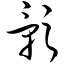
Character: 影